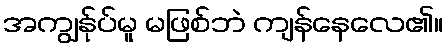
အကျွန်ုပ်မူ မဖြစ်ဘဲ ကျန်နေလေ၏။